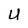
Character: U